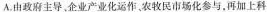
A.由政府主导，企业产业化运作。农牧民市场化参与，再加上科